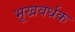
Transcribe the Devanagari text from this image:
भूखवर्धक